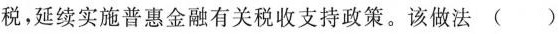
税，延续实施普惠金融有关税收支持政策。该做法()